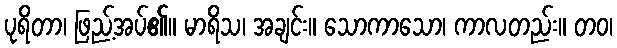
ပုရိတာ၊ ဖြည့်အပ်၏။ မာရိသ၊ အချင်း။ သောကာသော၊ ကာလတည်း။ တဝ၊